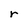
Character: r